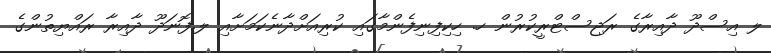
ލ އިސްދޫ ދާއިރާގެ ރަޖިސްޓްރީކުރުން ހ. ހިކިފިނިފެންމާގައި ކުރިއަށްދާނެކަމަށާއި ލ.ފޮނަދޫ ދާއިރާ ރައްޔިތުންގެ